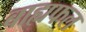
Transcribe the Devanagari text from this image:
बाह्यफल